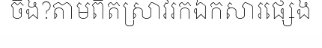
ចឹង?តាមពិតស្រាវរកឯកសារផ្សេង